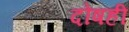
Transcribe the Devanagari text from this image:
दोषही